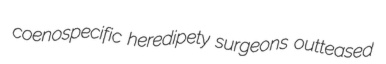
coenospecific heredipety surgeons outteased